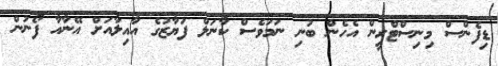
ޑިފެންސް މިނިސްޓްރީން އެހެން ބުނި ނަމަވެސް ކާނަލް ފަޔާޒުގެ އާއިލާއަށް އޭނާއާ ފޯނުން